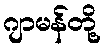
ဂျာမန်တို့